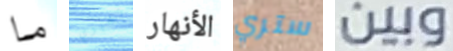
ما تخبري الأنهار ستري وبين